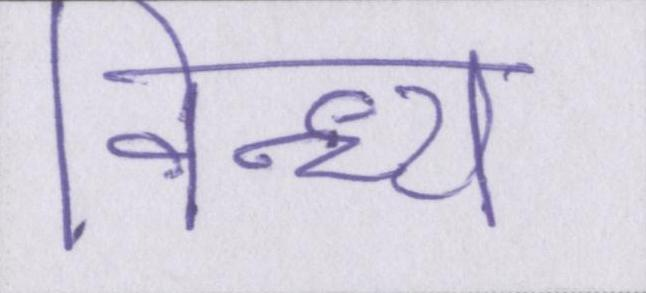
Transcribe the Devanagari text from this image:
विन्ध्य